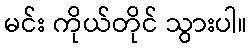
မင်း ကိုယ်တိုင် သွားပါ။